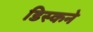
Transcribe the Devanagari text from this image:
डिस्कने